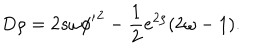
LaTeX: D \rho = 2 s \omega { \phi ^ { \prime } } ^ { 2 } - \frac 1 2 e ^ { 2 \rho } ( 2 \omega - 1 ) .